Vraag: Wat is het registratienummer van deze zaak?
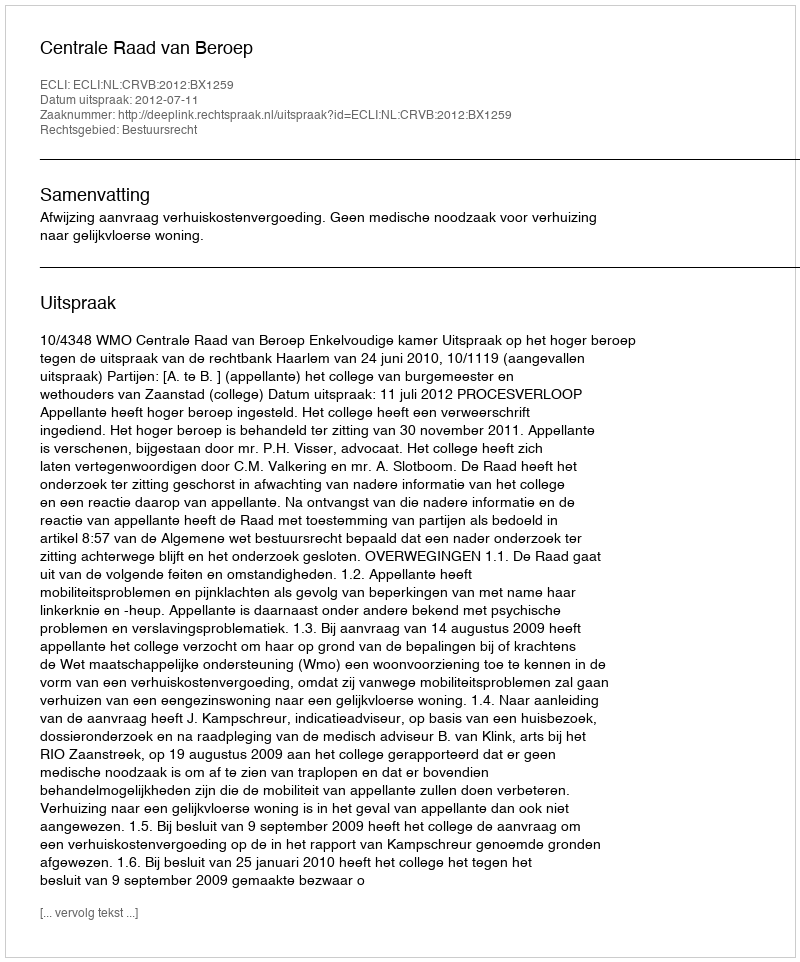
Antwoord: http://deeplink.rechtspraak.nl/uitspraak?id=ECLI:NL:CRVB:2012:BX1259